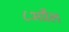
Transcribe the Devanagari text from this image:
८अप्रैल